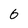
Character: 6